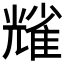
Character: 𠓃